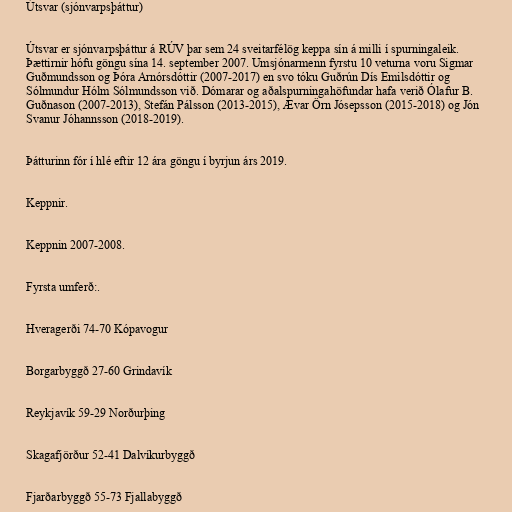
Útsvar (sjónvarpsþáttur)

Útsvar er sjónvarpsþáttur á RÚV þar sem 24 sveitarfélög keppa sín á milli í spurningaleik.
Þættirnir hófu göngu sína 14. september 2007. Umsjónarmenn fyrstu 10 veturna voru Sigmar
Guðmundsson og Þóra Arnórsdóttir (2007-2017) en svo tóku Guðrún Dís Emilsdóttir og
Sólmundur Hólm Sólmundsson við. Dómarar og aðalspurningahöfundar hafa verið Ólafur B.
Guðnason (2007-2013), Stefán Pálsson (2013-2015), Ævar Örn Jósepsson (2015-2018) og Jón
Svanur Jóhannsson (2018-2019).

Þátturinn fór í hlé eftir 12 ára göngu í byrjun árs 2019.

Keppnir.

Keppnin 2007-2008.

Fyrsta umferð:.

Hveragerði 74-70 Kópavogur

Borgarbyggð 27-60 Grindavík

Reykjavík 59-29 Norðurþing

Skagafjörður 52-41 Dalvíkurbyggð

Fjarðarbyggð 55-73 Fjallabyggð